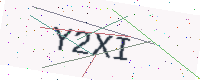
Text: Y2XI